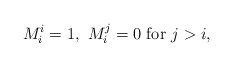
\begin{align*} M_i^i=1,\ M_i^{j}=0\ \mbox{for}\ j>i,\end{align*}